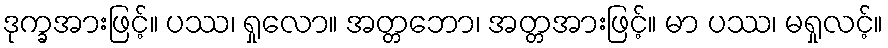
ဒုက္ခအားဖြင့်။ ပဿ၊ ရှုလော။ အတ္တဘော၊ အတ္တအားဖြင့်။ မာ ပဿ၊ မရှုလင့်။